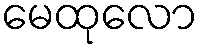
မေထုလော